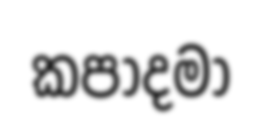
කපාදමා